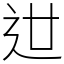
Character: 𨑬